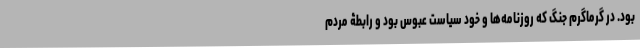
بود. در گرماگرم جنگ که روزنامه‌ها و خود سیاست عبوس بود و رابطۀ مردم